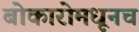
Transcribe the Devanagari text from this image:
बोकारोमधूनच